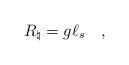
LaTeX: \begin{align*}R_\natural = g \ell_s \quad ,\end{align*}